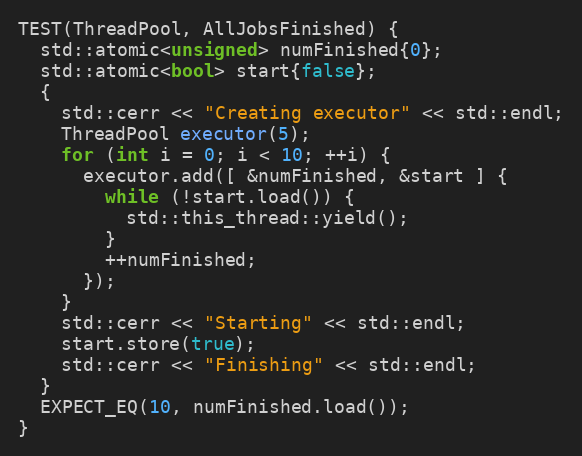
Language: C++
TEST(ThreadPool, AllJobsFinished) {
  std::atomic<unsigned> numFinished{0};
  std::atomic<bool> start{false};
  {
    std::cerr << "Creating executor" << std::endl;
    ThreadPool executor(5);
    for (int i = 0; i < 10; ++i) {
      executor.add([ &numFinished, &start ] {
        while (!start.load()) {
          std::this_thread::yield();
        }
        ++numFinished;
      });
    }
    std::cerr << "Starting" << std::endl;
    start.store(true);
    std::cerr << "Finishing" << std::endl;
  }
  EXPECT_EQ(10, numFinished.load());
}